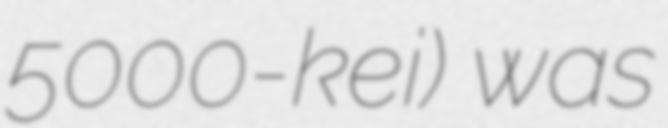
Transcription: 5000-kei) was